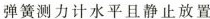
弹簧测力计水平且静止放置